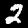
Label: 2